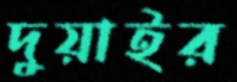
দুয়াইর